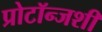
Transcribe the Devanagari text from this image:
प्रोटॉन्जशी